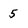
Character: 5